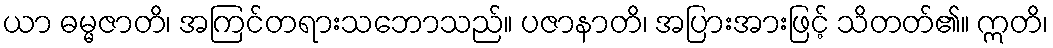
ယာ ဓမ္မဇာတိ၊ အကြင်တရားသဘောသည်။ ပဇာနာတိ၊ အပြားအားဖြင့် သိတတ်၏။ ဣတိ၊